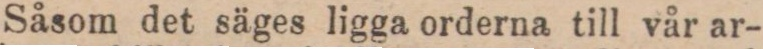
Såsom det säges ligga orderna till vår ar-